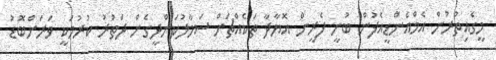
މީގެއިތުރުން އެމްއެންޑީއެފުން ބުނީ ފެރީން އޮޔާދާ ތަކެއްޗަށް ސަމާލުކަންދީގެން ދަތުރު ކުރުމަކީ ވަރަށްބޮޑު